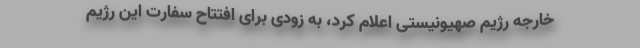
خارجه رژیم صهیونیستی اعلام کرد، به زودی برای افتتاح سفارت این رژیم